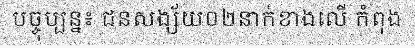
បច្ចុប្បន្ន៖ ជនសង្ស័យ០២នាក់ខាងលើ កំពុង